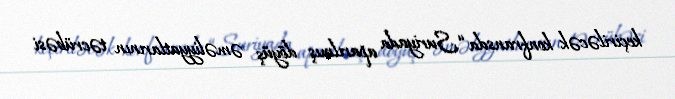
keçiriləcək konfransda “Suriyada aparılmış döyüş əməliyyatlarının təcrübəsi